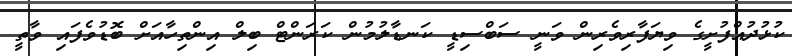
ކުޅުދުއްފުށީގެ ވިޔަފާރިވެރިން ވަނީ ސަބްސިޑީ ކަނޑާލުމުން ކަރަންޓް ބިލް އިންތިހާއަށް ބޮޑުވެފައި ވާތީ